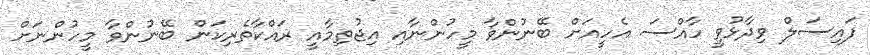
ފައިސަލް ވިދާޅުވީ ހާއްސަ އެހީއަށް ބޭނުންވާ މީހުންނާއި އިޖުތިމާއީ ރައްކާތެރިކަން ބޭނުންވާ މީހުންނަށް